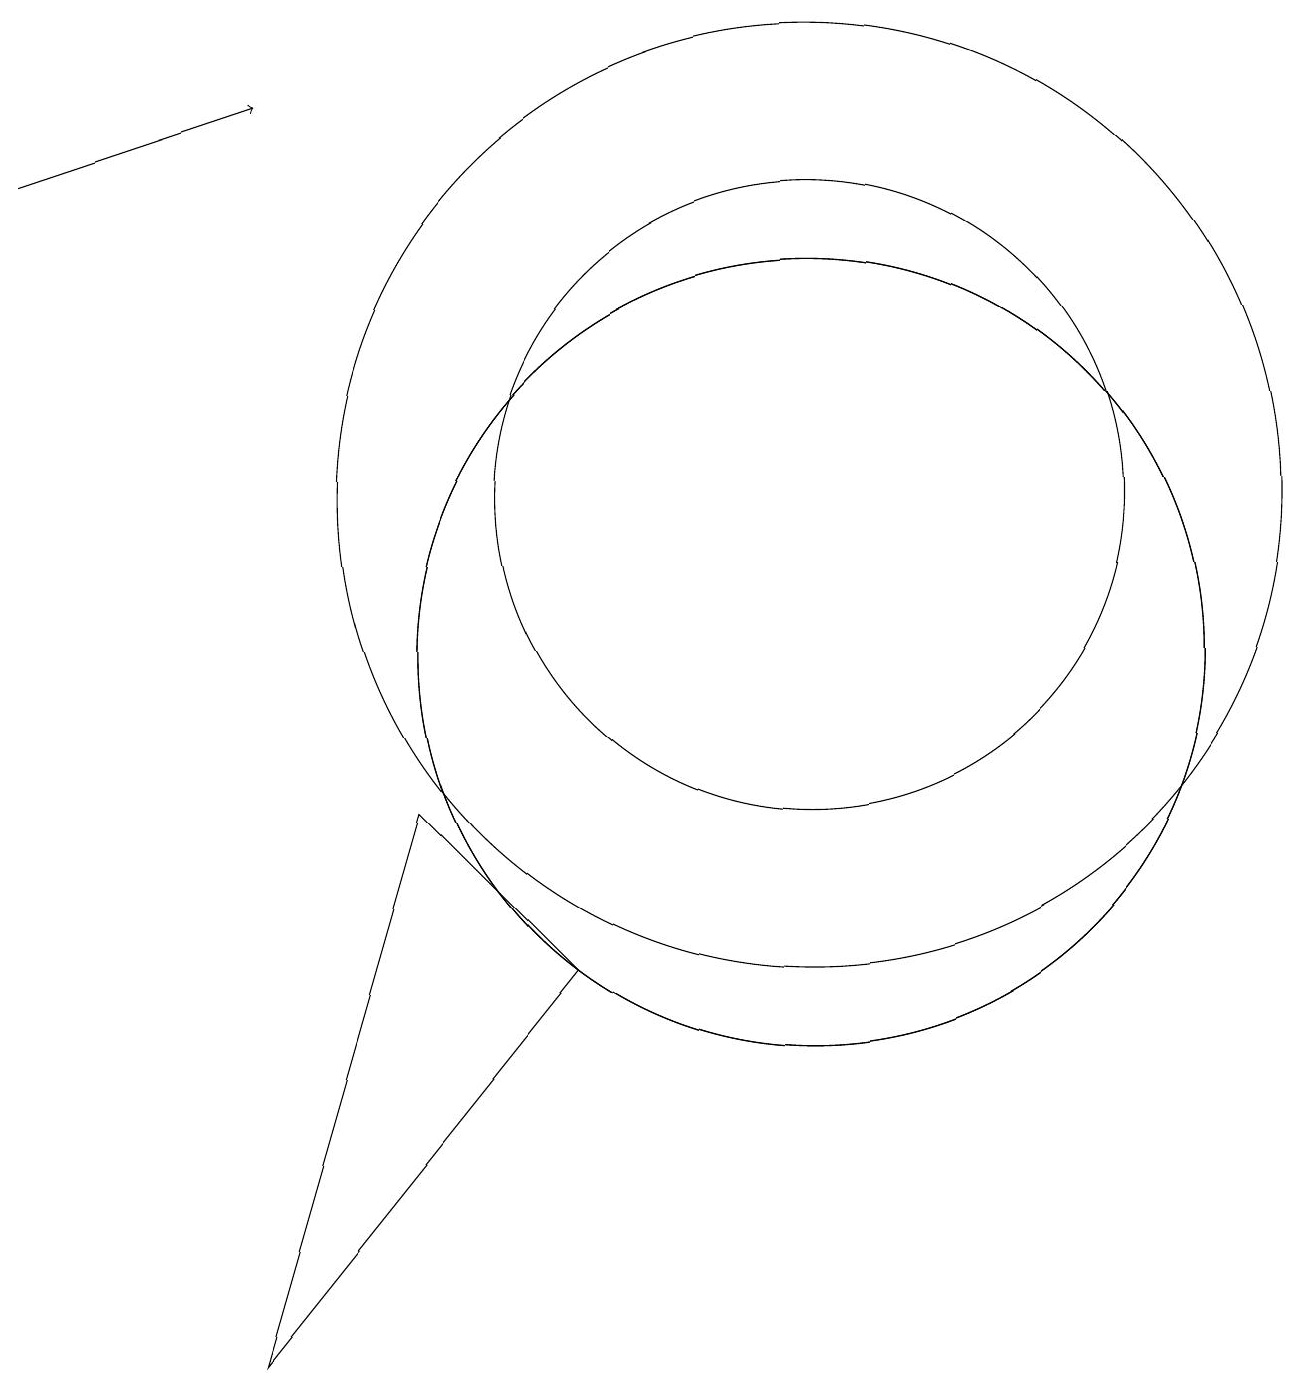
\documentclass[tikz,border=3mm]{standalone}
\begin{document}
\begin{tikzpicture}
\draw (10,12) circle (4);
\draw (5,8) -- (3,1) -- (7,6) -- cycle;
\draw (10,12) circle (6);
\draw (10,10) circle (5);
\draw[->] (0,16) -- (3,17);
\draw (10,10) circle (5);
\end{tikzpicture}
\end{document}